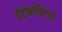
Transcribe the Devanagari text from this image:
पेंटोबार्बिटल